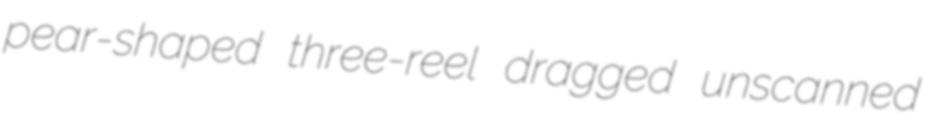
pear-shaped three-reel dragged unscanned